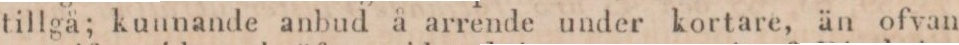
tillgå; kunnande anbud å arrende under kortare, än ofvan